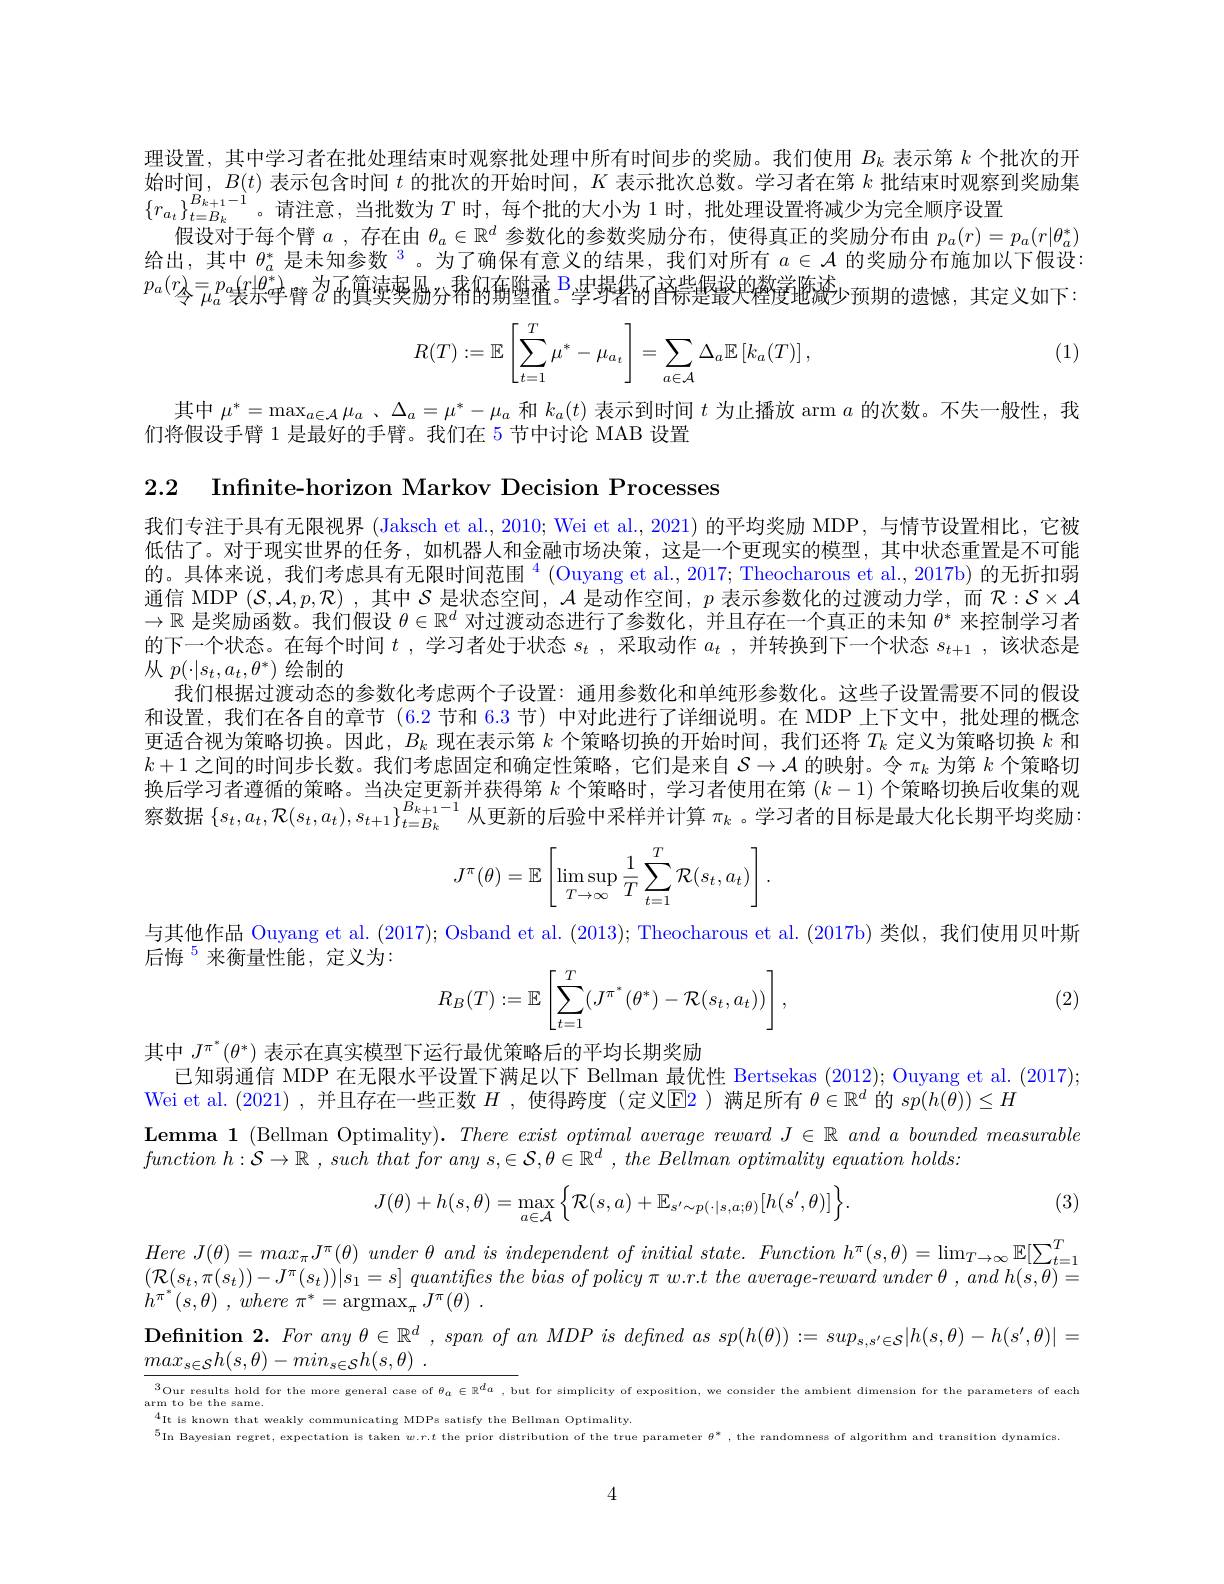
理设置，其中学习者在批处理结束时观察批处理中所有时间步的奖励。我们使用$B_k$表示第$k$个批次的开始时间，$B(t)$表示包含时间$t$的批次的开始时间，$K$表示批次总数。学习者在第$k$批结束时观察到奖励集$\{r_{a_t}\}_{t=B_k}^{B_{k+1}-1}$。请注意，当批数为$T$ 时，每个批的大小为 1 时，批处理设置将减少为完全顺序设置
假设对于每个臂$a$ ,存在由$\theta_a\in\mathbb{R}^d$参数化的参数奖励分布，使得真正的奖励分布由$p_a(r)=p_a(r|\theta_a^*)$ 给出，其中$\theta_a^*$是未知参数$^3$。为了确保有意义的结果，我们对所有$a\in\mathcal{A}$的奖励分布施加以下假设： $p_a(r)\underset{\text{令 }\mu_a}{\operatorname*{=}}p_a(r|\theta^*)\underset{\text{表示于臂 }a}{\operatorname*{\operatorname*{=}}}p_a(r|\theta^*)\underset{\:a}{\operatorname*{=}}p_a(r|\theta^*)\underset{\text{ 表示于臂 }a}{\operatorname*{\text{ 招 的}}}$質莖要腸分 稀的角墜叠。B 挐步撂菂眘蒜堤輟臾糌黉陁漆少 预期的遗憾，其定义如下

(1)
$$R(T):=\mathbb{E}\left[\sum_{t=1}^T\mu^*-\mu_{a_t}\right]=\sum_{a\in\mathcal{A}}\Delta_a\mathbb{E}\left[k_a(T)\right],$$
其中$\mu^*=\max_{a\in\mathcal{A}}\mu_a$ 、$\Delta_a=\mu^*-\mu_a$和$k_a(t)$表示到时间$t$为止播放 arm $a$的次数。不失一般性，我
们将假设手臂 1 是最好的手臂。我们在 5 节中讨论 MAB 设置

2.2 Infnite-horizon Markov Decision Processes

我们专注于具有无限视界 (Jaksch et al., 2010; Wei et al., 2021) 的平均奖励 MDP, 与情节设置相比，它被低估了。对于现实世界的任务，如机器人和金融市场决策，这是一个更现实的模型，其中状态重置是不可能的。具体来说，我们考虑具有无限时间范围$^4($Ouyang et al.,2017; Theocharous et al., 2017b) 的无折扣弱通信 MDP $(\mathcal{S},\mathcal{A},p,\mathcal{R})$ ,其中$\mathcal{S}$是状态空间，$\mathcal{A}$是动作空间，$p$表示参数化的过渡动力学，而$\mathcal{R}:\mathcal{S}\times\mathcal{A}$ $\to\mathbb{R}$是奖励函数。我们假设$\theta\in\mathbb{R}^d$对过渡动态进行了参数化，并且存在一个真正的未知$\theta^*$来控制学习者的下一个状态。在每个时间$t$ ,学习者处于状态$s_t$ ,采取动作$a_t$ ,并转换到下一个状态$s_{t+1}$ ,该状态是从$p(\cdot|s_t,a_t,\theta^*)$绘制的
我们根据过渡动态的参数化考虑两个子设置：通用参数化和单纯形参数化。这些子设置需要不同的假设和设置，我们在各自的章节 (6.2 节和$\color{red}{6.3\text{节)中对此进行了详细说明。在 MDP 上下文中，批处理的概念}}$ 更适合视为策略切换。因此，$B_k$现在表示第$k$个策略切换的开始时间，我们还将$T_k$定义为策略切换$k$和$k+1$之间的时间步长数。我们考虑固定和确定性策略，它们是来自$S\to\mathcal{A}$的映射。令$\pi_k$为第$k$个策略切换后学习者遵循的策略。当决定更新并获得第$k$个策略时，学习者使用在第$(k-1)$个策略切换后收集的观察数据 $\{s_t,a_t,\mathcal{R}(s_t,a_t),s_{t+1}\}_{t=B_k}^{B_{k+1}-1}$从更新的后验中采样并计算 $\pi_k$ 。学习者的目标是最大化长期平均奖励：
$$J^\pi(\theta)=\mathbb{E}\left[\lim\limits_{T\to\infty}\sup\frac{1}{T}\sum\limits_{t=1}^T\mathcal{R}(s_t,a_t)\right].$$
与其他作品 Ouyang et al. (2017); Osband et al. (2013); Theocharous et al.(2017b)类似，我们使用贝叶斯

后悔$^{5}$来衡量性能，定义为：
$$R_B(T):=\mathbb{E}\left[\sum_{t=1}^T(J^{\pi^*}(\theta^*)-\mathcal{R}(s_t,a_t))\right],$$
(2)

其中$J^{\pi^*}(\theta^*)$表示在真实模型下运行最优策略后的平均长期奖励
已知弱通信 MDP 在无限水平设置下满足以下 Bellman 最优性 Bertsekas (2012); Ouyang et al. (2017);
Wei et al.(2021) ,并且存在一些正数$H$ ,使得跨度 (定义$\operatorname{E}$2 )满足所有$\theta\in\mathbb{R}^d$的$sp(h(\theta))\leq H$
Lemma 1 (Bellman Optimality). There exist optimal average reward $J\in\mathbb{R}$ and $a$ bounded measurable
$function h: \mathcal{S} \to \mathbb{R}$ $,  such that for any s, \in \mathcal{S} , \theta \in \mathbb{R} ^d ,  the Bellman optimality equation holds:$
$$J(\theta)+h(s,\theta)=\max_{a\in\mathcal{A}}\Big\{\mathcal{R}(s,a)+\mathbb{E}_{s'\sim p(\cdot|s,a;\theta)}[h(s',\theta)]\Big\}.$$
$\begin{aligned}Here\:J(\theta)=max_{\pi}J^{\pi}(\theta)\:under\:\theta\:and\:is\:independent\:of\:initial\:state.\:Function\:h^{\pi}(s,\theta)=\lim_{T\to\infty}\mathbb{E}[\sum_{t=1}^{T}\\(\mathcal{P}(\varepsilon,\pi(\varepsilon))-I^{\pi}(\varepsilon_{t}))||\varepsilon_{t-1}-\varepsilon]\:auntifies\:th\:bias\:of\:nolicu\:\pi\:w\:r\:t\:t\:he\:avemaa\:rauard\:under\:\theta\:and\:h\:(\varepsilon\:\theta)-\end{aligned}$

(3)

$( \mathcal{R} ( s_{t}, \pi ( s_{t}) ) - J^{\pi }( s_{t}) ) | s_{1}= s]$ quantifes the bias $of$ policy $\pi$ $w. r. t$ the $average- reward$ under $\theta$ , and $h( s, \theta ) =$
$h^{\pi ^{* }}( s, \theta )$ , where $\pi ^{* }= \operatorname { argmax} _{\pi }J^{\pi }( \theta )$ .
$\textbf{Definition 2.  For any }\theta \in \mathbb{R} ^d, span\textit{ of an MDP is defined as sp}( h( \theta ) ) : = sup_{s, s^{\prime }\in \mathcal{S} }| h( s, \theta ) - h( s^{\prime }, \theta ) | =$
$\underline{max_{s\in\mathcal{S}}h(s,\theta)-min_{s\in\mathcal{S}}h(s,\theta)\:.}$

$\begin{aligned}3_{\text{Our results hold for the more general case of }\theta_a\in\mathbb{R}^{d_a},\text{ but for slmpliclty of expositlon, we conslder the amblent dlmenslon for the parameters of each}\\\mathrm{arm~to~be~the~same.}\end{aligned}{3}}$
$^{4}$It is known that weakly communicating MDPs satisfy the Bellman Optimality.
$^{5}$In Bayesian regret, expectatlon is taken $w.r.t$ the prlor distrlbutlon of the true parameter $\theta^*$, the randomness of algorithm and transition dynamics

4